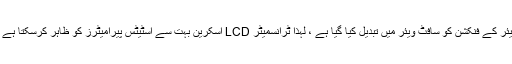
نگرانی اور غلطی کی تشخیص: کیونکہ تمام ہارڈ ویئر کے فنکشن کو سافٹ ویئر میں تبدیل کیا گیا ہے ، لہذا ٹرانسمیٹر LCD اسکرین بہت سے اسٹیٹس پیرامیٹرز کو ظاہر کرسکتا ہے جو ینالاگ ٹرانسمیٹر میں ظاہر نہیں کرسکتے ہیں۔